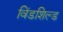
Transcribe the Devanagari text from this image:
विंडशिल्ड